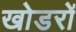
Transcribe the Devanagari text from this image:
खोडरों